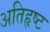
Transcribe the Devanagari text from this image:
अतिहृष्ट